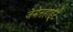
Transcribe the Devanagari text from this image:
जेमेनहार्ड्ट